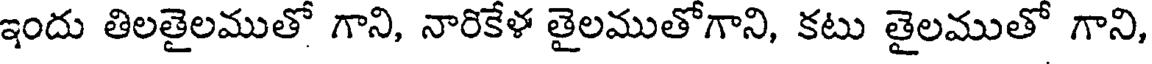
ఇందు తిలతైలముతో గాని, నారికేళ తైలముతోగాని, కటు తైలముతో గాని